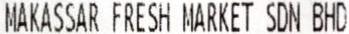
MAKASSAR FRESH MARKET SDN BHD